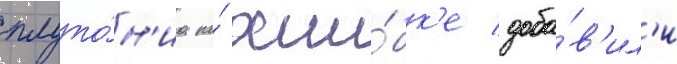
плуто́н'иа по́ оши́бк'е доба́в'ил'и